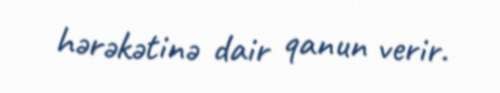
hərəkətinə dair qanun verir.